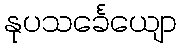
နုပသင်္ခေယျော